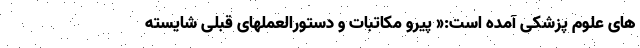
های علوم پزشکی آمده است:« پیرو مکاتبات و دستورالعملهای قبلی شایسته